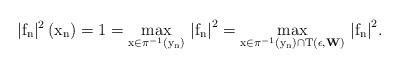
LaTeX: \begin{align*}\mathrm{\vert f_{n}\vert^{2}\left(x_{n}\right)=1=\underset{x\in\pi^{-1}\left(y_{n}\right)}{max}\,\left|f_{n}\right|^{2}=\underset{x\in\pi^{-1}\left(y_{n}\right)\cap T\left(\epsilon,\mathbf{W}\right)}{max}\,\left|f_{n}\right|^{2}}.\end{align*}